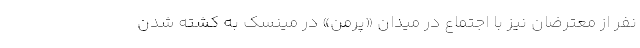
نفر از معترضان نیز با اجتماع در میدان «پرمن» در مینسک به کشته شدن